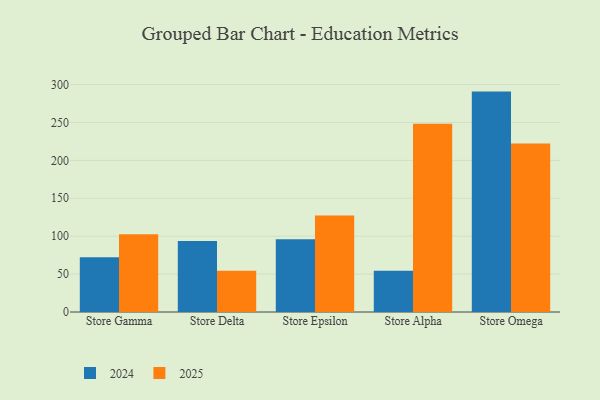
{"axis": {"x": "Store", "y": "Inventory Turnover"}, "legend": ["2024", "2025"], "data": [{"x": "Store Gamma", "y": 102.6, "type": "2025"}, {"x": "Store Gamma", "y": 72.1, "type": "2024"}, {"x": "Store Delta", "y": 54.3, "type": "2025"}, {"x": "Store Delta", "y": 93.6, "type": "2024"}, {"x": "Store Epsilon", "y": 127.3, "type": "2025"}, {"x": "Store Epsilon", "y": 96.1, "type": "2024"}, {"x": "Store Alpha", "y": 248.2, "type": "2025"}, {"x": "Store Alpha", "y": 54.5, "type": "2024"}, {"x": "Store Omega", "y": 222.4, "type": "2025"}, {"x": "Store Omega", "y": 290.7, "type": "2024"}]}